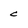
Character: c